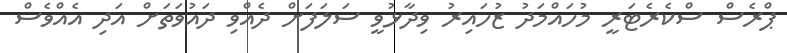
ޕްރެސް ސްކެރެޓަރީ މުހައްމަދު ޒުހައިރު ވިދާޅުވީ ސަލަފަށް ދެއްވި ދައުވަތަށް އަދި އެއްވެސް